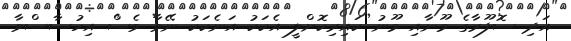
އަދި ސޮފޫރާގެ މޫނާއި މޫނު ކައިރިކޮށްލީ އެކަކު އަނެކަކު ނޭވާ ވެސް އިހުސާސްވާ